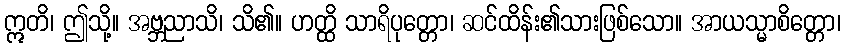
ဣတိ၊ ဤသို့။ အဗ္ဘညာသိ၊ သိ၏။ ဟတ္ထိ သာရိပုတ္တော၊ ဆင်ထိန်း၏သားဖြစ်သော။ အာယသ္မာစိတ္တော၊